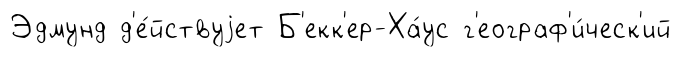
Эдмунд д'е́йствуjет Б'екк'ер-Ха́ус г'еограф'и́ческ'ий